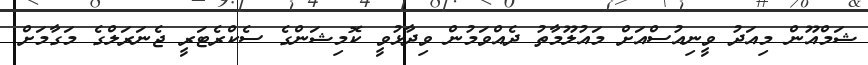
ޝަމްއޫން މިއަދު ވީނިއުސްއަށް މައުލޫމާތު ދެއްވަމުން ވިދާޅުވީ ކޮމިޝަންގެ ސެކްރެޓަރީ ޖެނަރަލްގެ މަގާމަށް